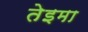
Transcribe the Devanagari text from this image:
तेइमा